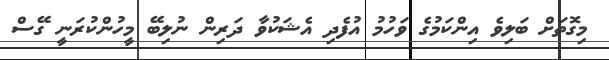
މިގޮތަށް ބަލިވެ އިންކަމުގެ ވަހުމު އުފެދި އެޝަކުވާ ދަރިން ނުލިބޭ މީހުންކުރަނީ ގޭސް